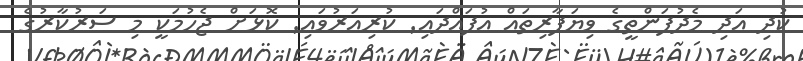
ކުދި އަދި މެދުފަންތީގެ ވިޔަފާރިތައް އުފައްދައި